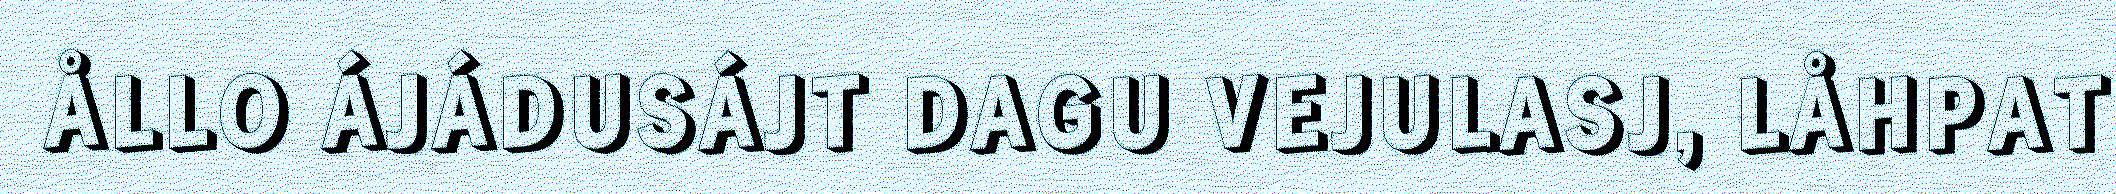
ÅLLO ÁJÁDUSÁJT DAGU VEJULASJ, LÅHPAT